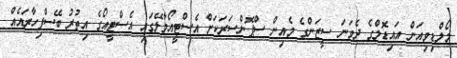
މޯލްޑިވިއަން އައިޑޮލްގެ ދެވަނަ ސީޒަންގެ މެއިން ސްޕޮންސަރަކަށް އެސްޓީއޯމާލޭގައި އެސްޓީއޯގެ އިތުރު ބޭސްފިހާރައެއް